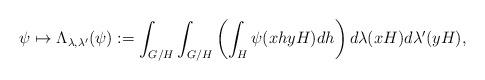
LaTeX: \begin{align*}\psi\mapsto\Lambda_{\lambda,\lambda'}(\psi):=\int_{G/H}\int_{G/H}\left(\int_H\psi(xhyH)dh\right)d\lambda(xH)d\lambda'(yH),\end{align*}